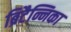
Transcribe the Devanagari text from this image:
ब्रिटैन्निका